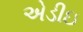
એડીઇ